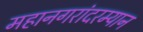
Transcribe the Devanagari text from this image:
महानगरांदरम्यान